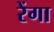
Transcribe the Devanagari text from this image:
रेंगा